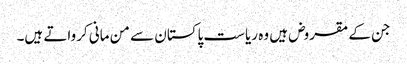
جن کے مقروض ہیں وہ ریاست پاکستان سے من مانی کرواتے ہیں۔